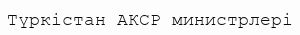
Түркістан АКСР министрлері